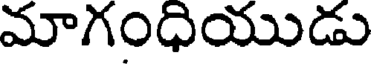
మాగంధియుడు